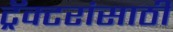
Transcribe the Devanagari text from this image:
ट्रॅक्टरांसाठी